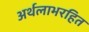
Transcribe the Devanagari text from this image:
अर्थलाभरहित